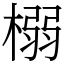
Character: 榒